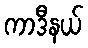
ကာဒီနယ်